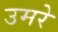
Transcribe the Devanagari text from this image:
उमरे